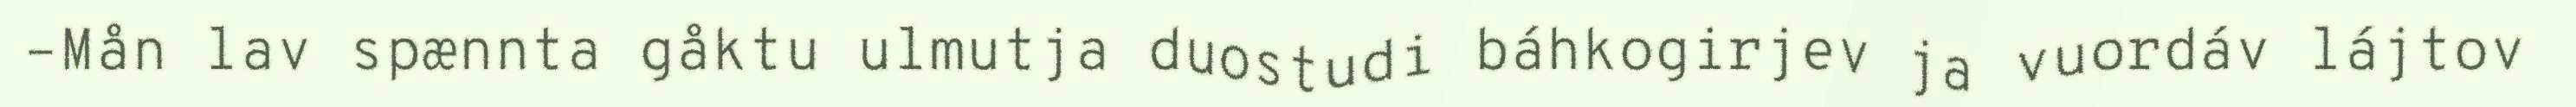
–Mån lav spænnta gåktu ulmutja duostudi báhkogirjev ja vuordáv lájtov